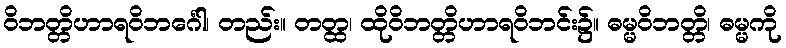
ဝိဘတ္တိဟာရဝိဘင်္ဂေါ၊ တည်း။ တတ္ထ၊ ထိုဝိဘတ္တိဟာရဝိဘင်း၌။ ဓမ္မဝိဘတ္တိ၊ ဓမ္မကို